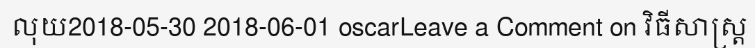
លុយ2018-05-30 2018-06-01 oscarLeave a Comment on វិធីសាស្ត្រ